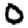
Digit: 0